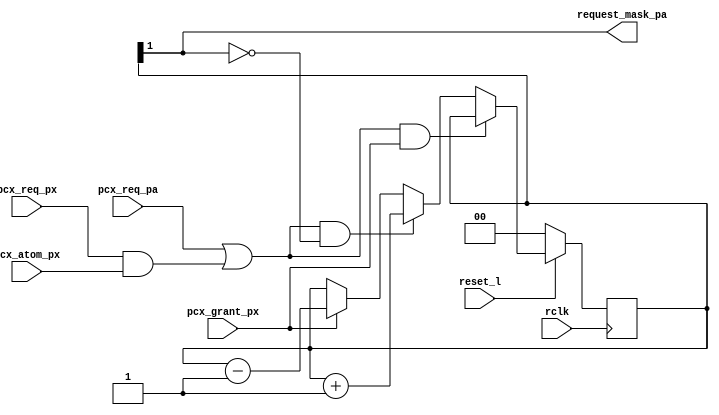
module pcx2mb_link_ctr (
	// Outputs
	request_mask_pa,

	// Inputs
	rclk,
	reset_l,

	pcx_req_pa,
	pcx_req_px,
	pcx_atom_px,

	pcx_grant_px
	);

    output request_mask_pa;

    input rclk;
    input reset_l;

    input pcx_req_pa;
    input pcx_req_px;
    input pcx_atom_px;

    input pcx_grant_px;


    reg [1:0] link_count_pa;
    wire      request_mask_pa;
    wire      count_inc;
    wire      count_dec;

    assign count_inc = pcx_req_pa || (pcx_req_px && pcx_atom_px);
    assign count_dec = pcx_grant_px;


    always @(posedge rclk) begin
	if (!reset_l) begin
	    link_count_pa <= 2'b00;
	end
	else if (count_inc && count_dec) begin
	    link_count_pa <= link_count_pa;
	end
	else if (count_inc && !link_count_pa[1]) begin
	    link_count_pa <= link_count_pa + 2'b01;
	end
	else if (count_dec) begin
	    link_count_pa <= link_count_pa - 2'b01;
	end
	else begin
	    link_count_pa <= link_count_pa;
	end
    end

    assign request_mask_pa = link_count_pa[1];

endmodule